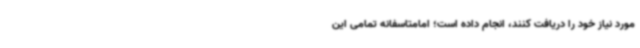
مورد نیاز خود را دریافت کنند، انجام داده است؛ امامتاسفانه تمامی این